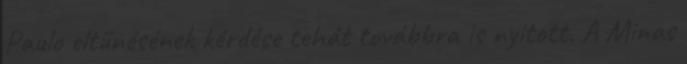
Paulo eltűnésének kérdése tehát továbbra is nyitott. A Minas